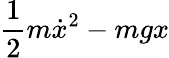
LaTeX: \frac{1}{2}m\dot{x}^{2}-mgx